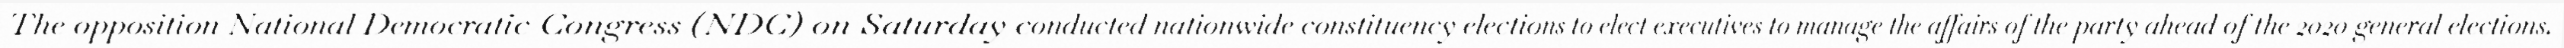
The opposition National Democratic Congress (NDC) on Saturday conducted nationwide constituency elections to elect executives to manage the affairs of the party ahead of the 2020 general elections.